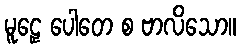
မူဠှေ ပေါတေ စ ဗာလိသော။